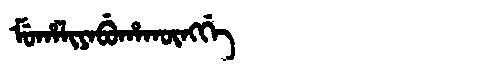
Manchu: ᠮᡠᡥᠠᠯᡳᠶᠠᠪᡠᡥᠠᡴᡡᠩᡤᡝ
Romanization: MUHALIYABUHAKŪNGGE